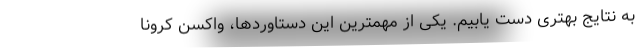
به نتایج بهتری دست یابیم. یکی از مهمترین این دستاوردها، واکسن کرونا